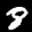
Label: 8